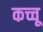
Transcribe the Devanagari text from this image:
कच्चू